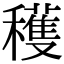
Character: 穫